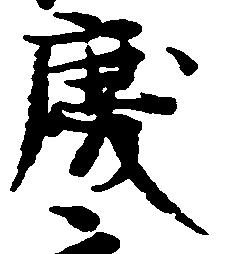
慶